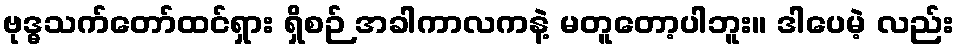
ဗုဒ္ဓသက်တော်ထင်ရှား ရှိစဉ် အခါကာလကနဲ့ မတူတော့ပါဘူး။ ဒါပေမဲ့ လည်း